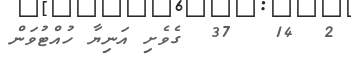
2  14   37  ގެވެށި އަނިޔާ ހުއްޓުވަން